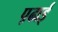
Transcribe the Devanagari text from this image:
प़ढाई